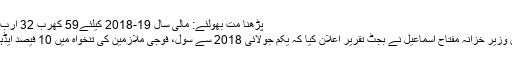
پڑھنا مت بھولئے: مالی سال 19-2018 کیلئے59 کھرب 32 ارب روپے کا وفاقی بجٹ پیش
24 نیوز ذرائع کے مطابق وزیر خزانہ مفتاح اسماعیل نے بجٹ تقریر اعلان کیا کہ یکم جولائی 2018 سے سول، فوجی ملازمین کی تنخواہ میں 10 فیصد ایڈہاک ریلیف الاؤنس ملے گا۔